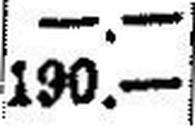
190.—